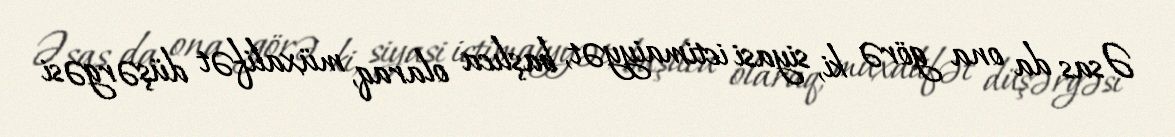
Əsas da ona görə ki, siyasi ictimaiyyət, başlıca olaraq, müxalifət düşərgəsi